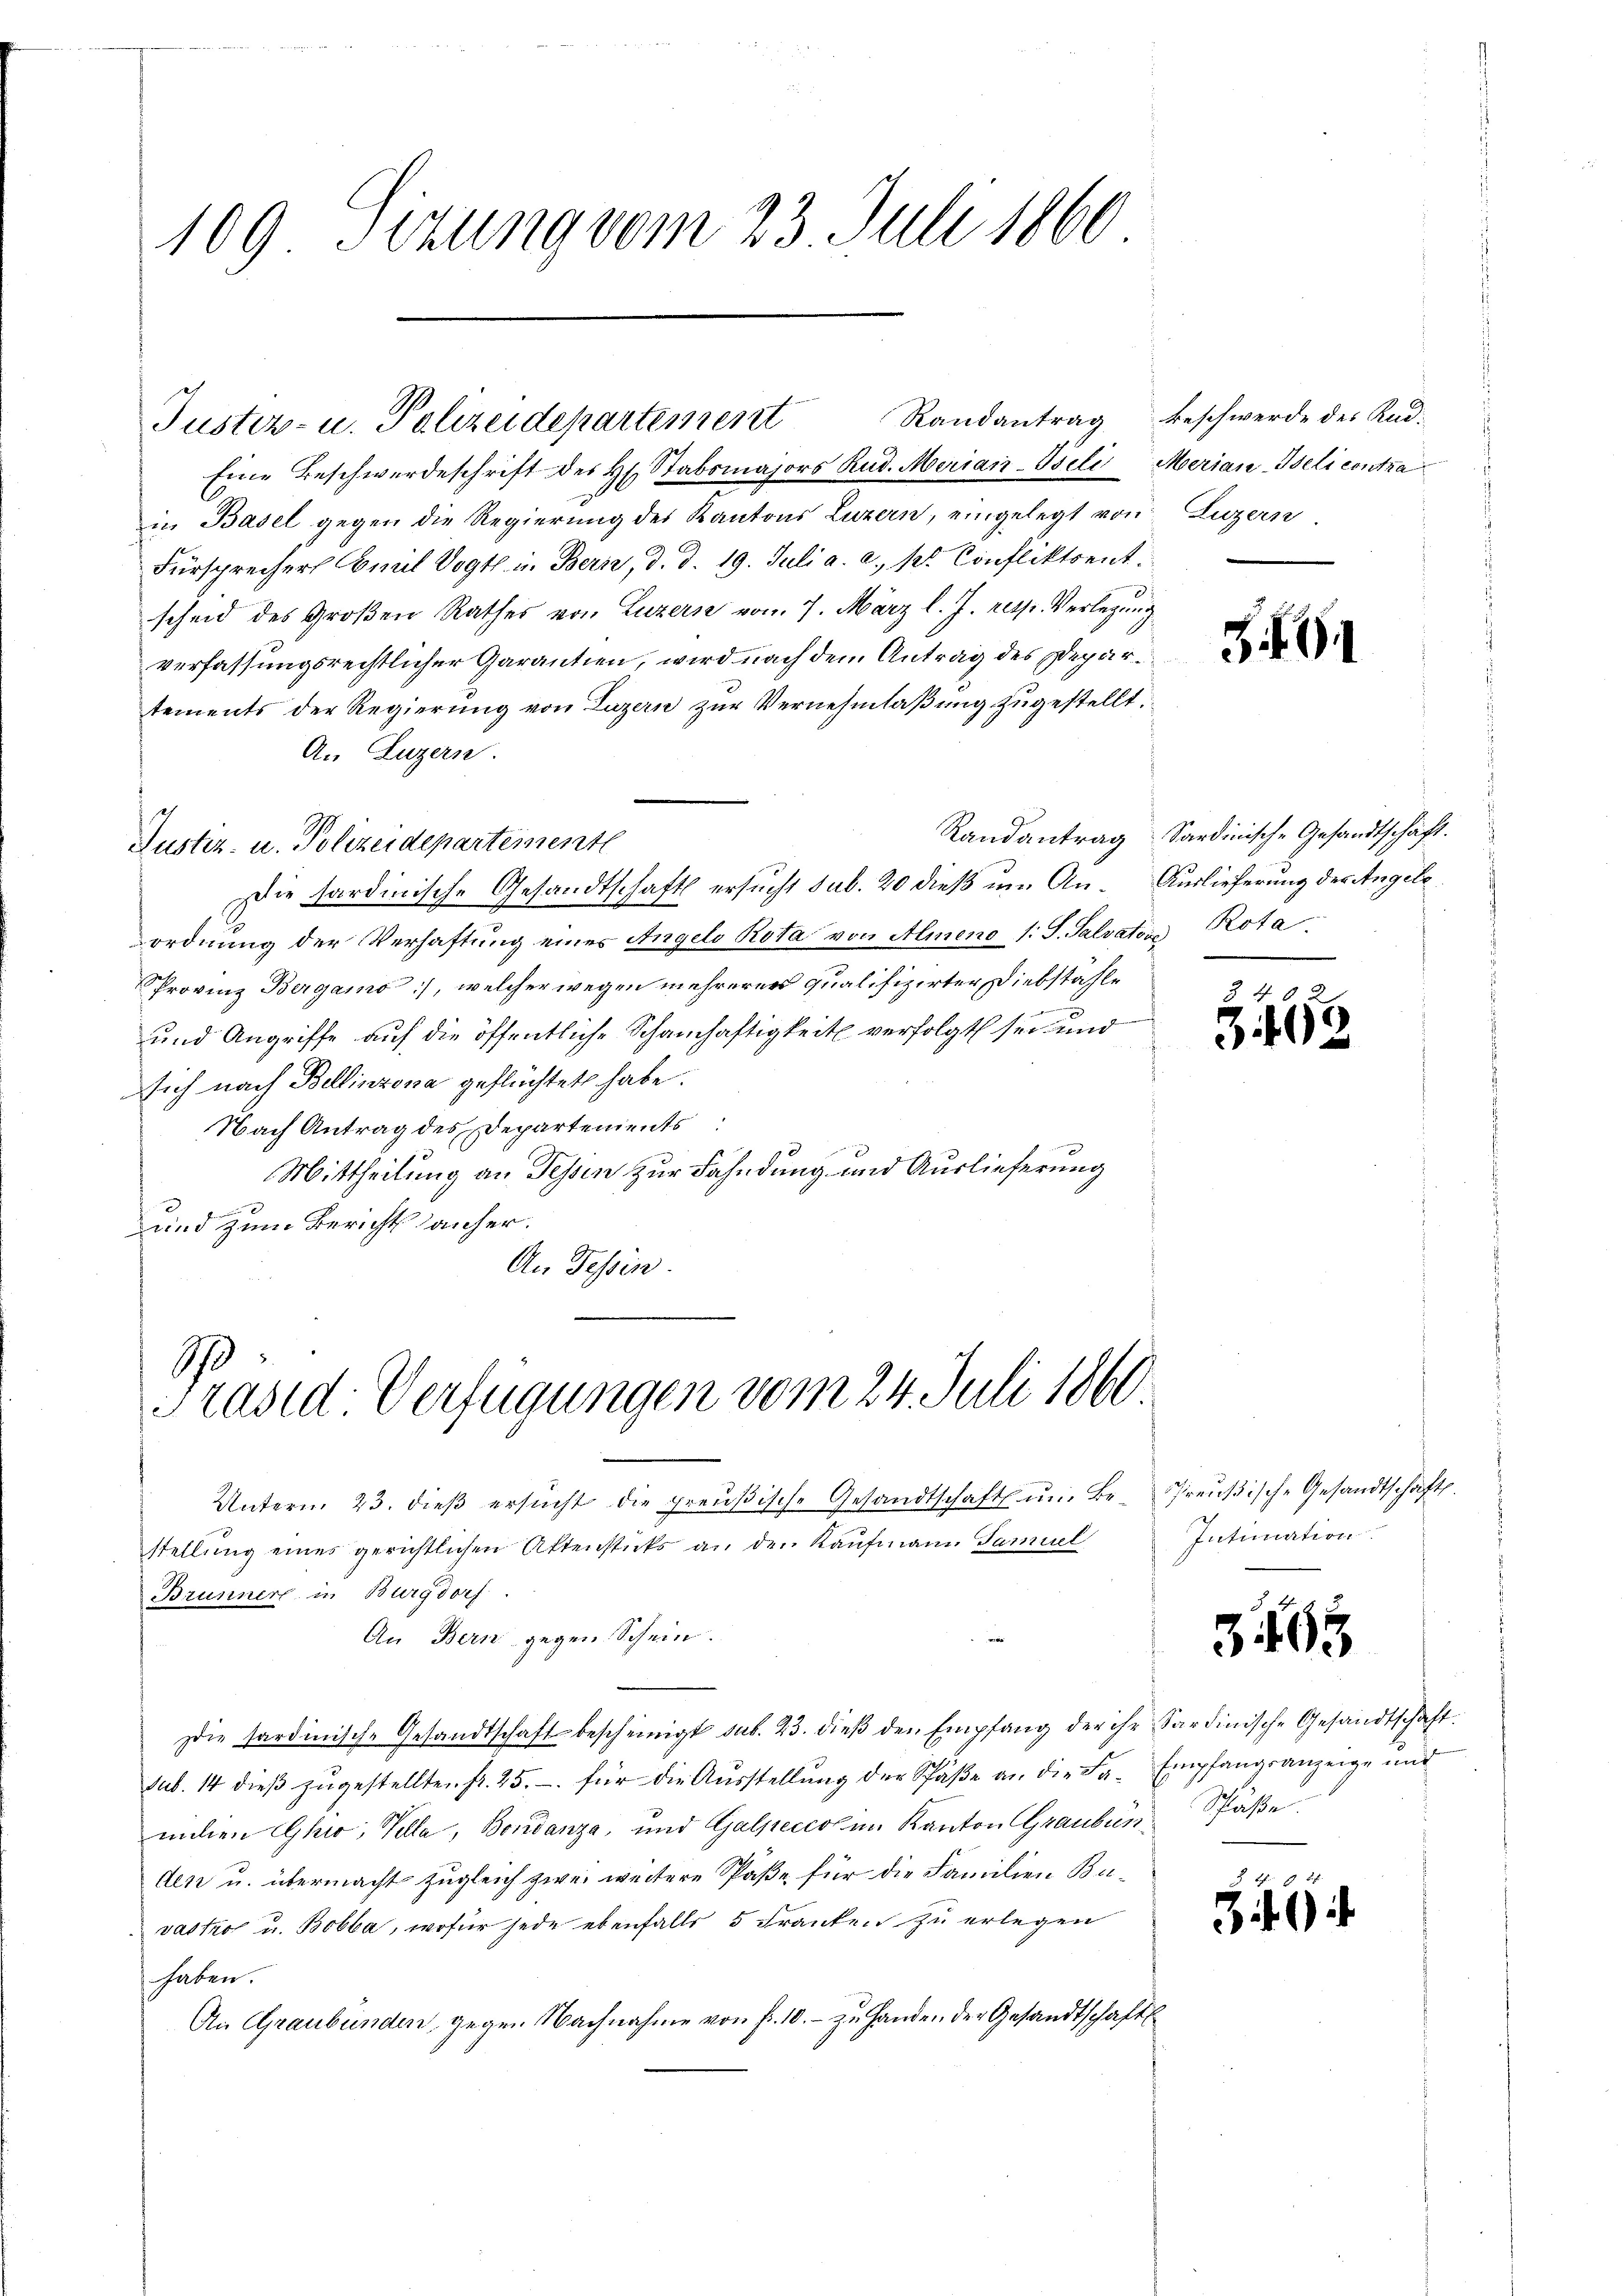
109 Sizung vom 23. Juli 1860

Eine Beschwerdeschrift des H. Stabsmajors Rud. Merian-Beli Merian-Iseli contra
in Basel gegen die Regierung des Kantons Luzern, eingelegt von Luzern
Fürsprecher Comit Vogt in Bern, d. d. 19. Juli a. a. pr. Confliktsent.
scheid des Großen Rathes von Luzern vom 7. März l. J. resp. Verlegung
verfassungsrechtlicher Garantien, wird nach dem Antrag des Departements der Regierung von Luzern zur Vernehmlaßung zugestellt.
An Luzern.
Die stardinische Gesandtschaft ersucht sub. 20 dieß um An- Auslieferung der Angeleordnung der Verhaftung eines Angelo Rota von Almeno 1: S. Salvatois Rota
Provinz Bergamo), welcher wegen mehrerer qualifizirter, Diebstahle

x
und Angriffe auf die öffentliche Schamhaftigkeit verfolgt sei und
sich nach Bellinzona geflüchtet habe.
Nach Antrag des Departements
Mittheilung an Tessin zur Fahndung und Auslieferung

und zum Bericht anher.
An Tessin

Justiz- u. Polizeidepartementl

Justiz- u. Polizeidepartement

G
Präsid. Verfügungen vom 24. Juli 1860.

Unterm 23. dieβ ersŭcht die Preŭβische Gesandtschaft ŭm Be- Preŭβische Gesandtschaft.
stellung eines gerichtlichen Aktenstücks an den Kaufmann Samuel
Brunnert in Burgdorf.
w
An Bern gegen Schein.
Die tardinische Gesandtschaft bescheinigt sub. 23. dieβ den Empfang der ihr Sardinische Gesandtschaft.
sub. 14 dieß zugestellten fr. 25.- für die Ausstellung der Schäße an die Fa- Empfangsanzeige und
mlen Ghio, Kolla, Bondanza, und Galpeccotin Kanton GraubünSpäße
den u. übermacht zugleich zwei weitere Paße für die Familien Buvastro u. Bobba, wofür jede ebenfalls 5 Franken zu erlegen
haben.
An Graubünden, gegen Nachnahme von fr. 10. - zu Handen der Gesandtschaft

Randantrag beschwerde des Rad

9

Randantrag Sardinische Gesandtschaft.

3.

3

1

Intimation

15

.